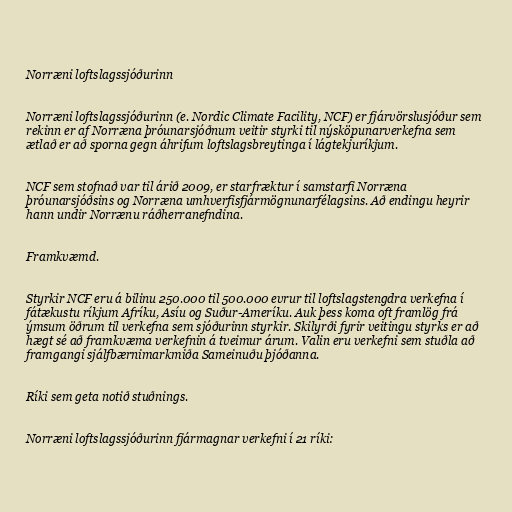
Norræni loftslagssjóðurinn

Norræni loftslagssjóðurinn (e. Nordic Climate Facility, NCF) er fjárvörslusjóður sem
rekinn er af Norræna þróunarsjóðnum veitir styrki til nýsköpunarverkefna sem
ætlað er að sporna gegn áhrifum loftslagsbreytinga í lágtekjuríkjum.

NCF sem stofnað var til árið 2009, er starfræktur í samstarfi Norræna
þróunarsjóðsins og Norræna umhverfisfjármögnunarfélagsins. Að endingu heyrir
hann undir Norrænu ráðherranefndina.

Framkvæmd.

Styrkir NCF eru á bilinu 250.000 til 500.000 evrur til loftslagstengdra verkefna í
fátækustu ríkjum Afríku, Asíu og Suður-Ameríku. Auk þess koma oft framlög frá
ýmsum öðrum til verkefna sem sjóðurinn styrkir. Skilyrði fyrir veitingu styrks er að
hægt sé að framkvæma verkefnin á tveimur árum. Valin eru verkefni sem stuðla að
framgangi sjálfbærnimarkmiða Sameinuðu þjóðanna.

Ríki sem geta notið stuðnings.

Norræni loftslagssjóðurinn fjármagnar verkefni í 21 ríki: